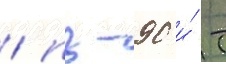
/ пз-90 и́ т